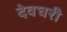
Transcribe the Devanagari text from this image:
देवघरी